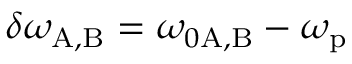
\delta \omega _ { \mathrm { A , B } } = \omega _ { 0 \mathrm { A , B } } - \omega _ { \mathrm { p } }